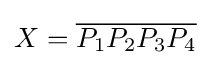
X={\overline {P_{1}P_{2}P_{3}P_{4}}}